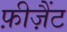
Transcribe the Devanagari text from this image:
फ़ीज़ैंट